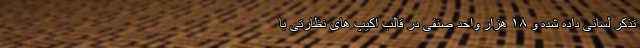
تذکر لسانی داده شده و ۱۸ هزار واحد صنفی در قالب اکیپ های نظارتی با